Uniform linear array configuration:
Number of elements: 24
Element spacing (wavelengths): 0.5
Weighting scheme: blackman
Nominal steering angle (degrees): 45
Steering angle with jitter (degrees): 45.943
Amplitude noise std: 0.05
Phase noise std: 0.05

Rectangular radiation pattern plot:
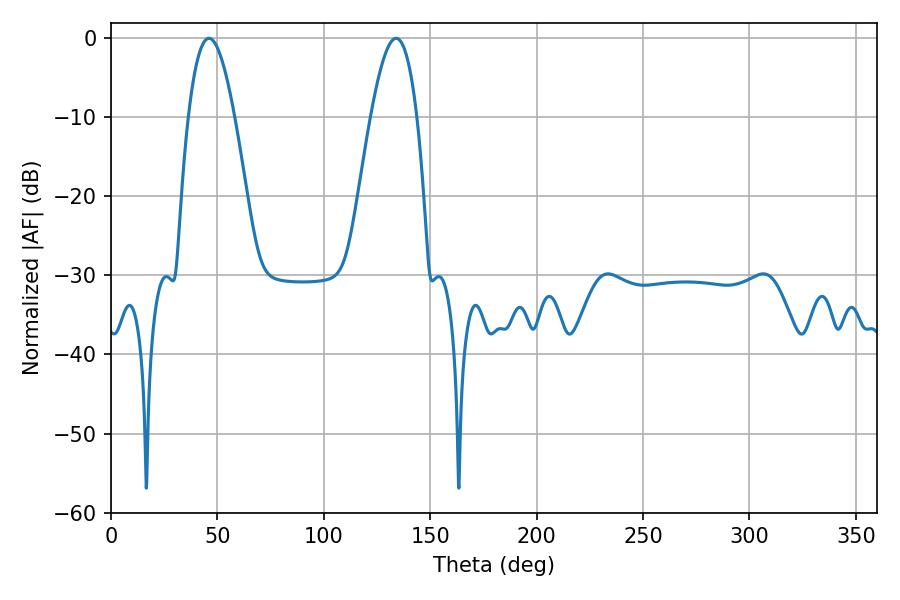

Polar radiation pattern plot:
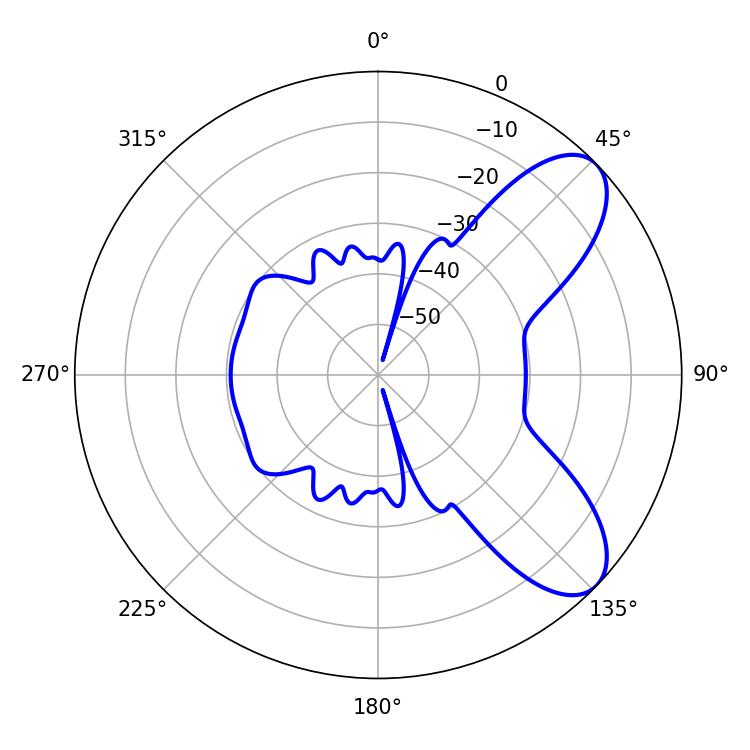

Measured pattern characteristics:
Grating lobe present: FALSE
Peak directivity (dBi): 7.908
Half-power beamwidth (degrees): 11.88
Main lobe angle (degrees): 46.08